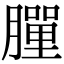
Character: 𦡃